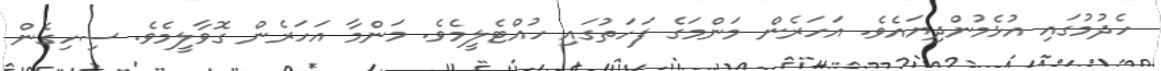
ހެދުމުގައި އުޅެމުންދިޔައެވެ. އަހަރެން މަންމަގެ ފަހަތުގައި ހުއްޓެލީމެވެ. މަންމާ އަހަރެން ގޮވާލީމެވެ. ސިހިގެން